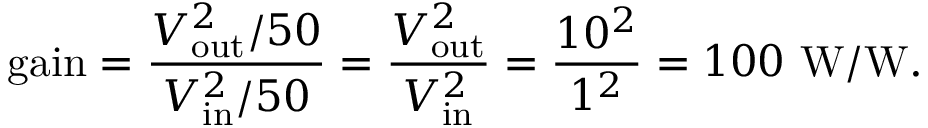
{ \mathrm { g a i n } } = { \frac { V _ { \mathrm { o u t } } ^ { 2 } / 5 0 } { V _ { \mathrm { i n } } ^ { 2 } / 5 0 } } = { \frac { V _ { \mathrm { o u t } } ^ { 2 } } { V _ { \mathrm { i n } } ^ { 2 } } } = { \frac { 1 0 ^ { 2 } } { 1 ^ { 2 } } } = 1 0 0 ~ { \mathrm { W / W } } .